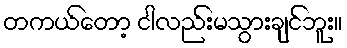
တကယ်တော့ ငါလည်းမသွားချင်ဘူး။